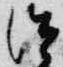
治